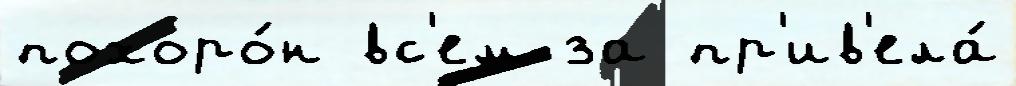
похоро́н вс'ем за пр'ив'ела́